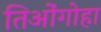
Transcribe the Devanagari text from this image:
तिओंगोहा